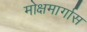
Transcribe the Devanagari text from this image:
मोक्षमार्गास